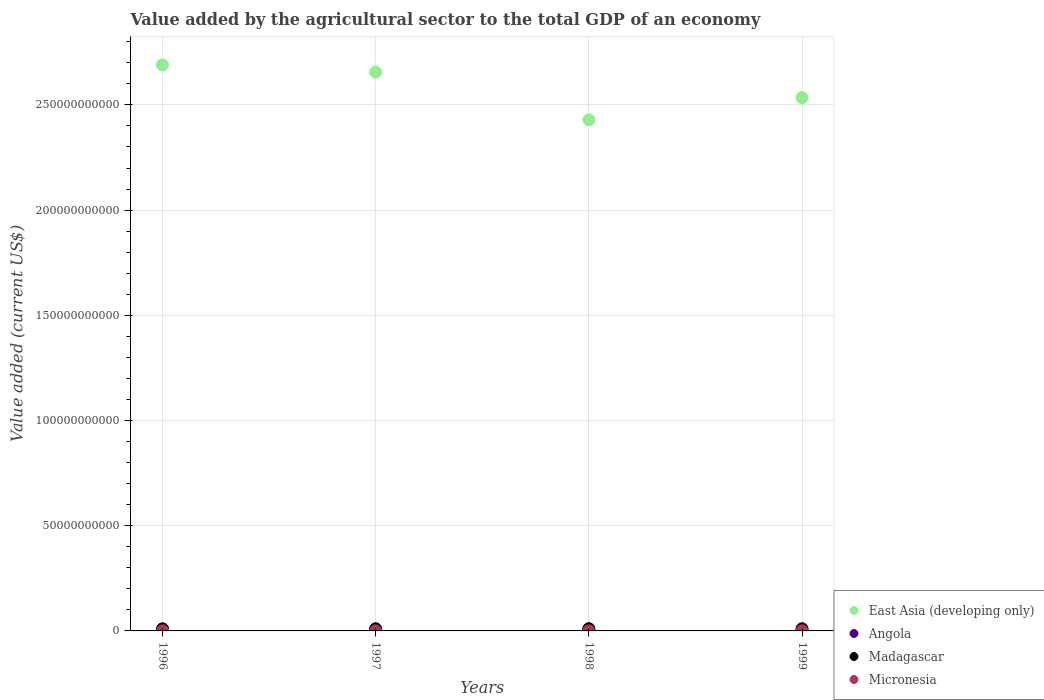
| Years | East Asia (developing only) | Angola | Madagascar | Micronesia |
 | --- | --- | --- | --- | --- |
 | 1996 | 2.69e+11 | 5.29e+08 | 1.01e+09 | 5.15e+07 |
 | 1997 | 2.66e+11 | 6.89e+08 | 1.03e+09 | 4.81e+07 |
 | 1998 | 2.43e+11 | 8.4e+08 | 1.05e+09 | 5.61e+07 |
 | 1999 | 2.53e+11 | 3.87e+08 | 1.01e+09 | 5.26e+07 |